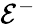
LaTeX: \mathcal{E}^{-}